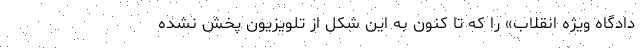
دادگاه‌ ویژه انقلاب» را که تا کنون به این شکل از تلویزیون پخش نشده